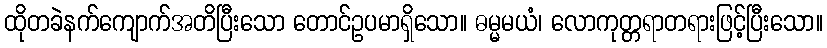
ထိုတခဲနက်ကျောက်အတိပြီးသော တောင်ဥပမာရှိသော။ ဓမ္မမယံ၊ လောကုတ္တရာတရားဖြင့်ပြီးသော။